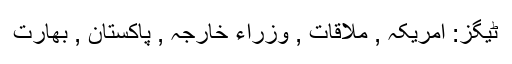
ٹیگز: امریکہ , ملاقات , وزراء خارجہ , پاکستان , بھارت